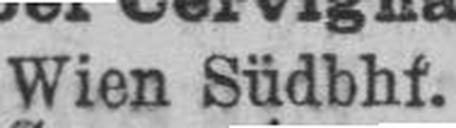
Wien Südbhf.